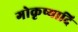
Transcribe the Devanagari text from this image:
गोकृष्यादि